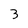
Character: 3